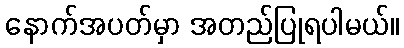
နောက်အပတ်မှာ အတည်ပြုရပါမယ်။